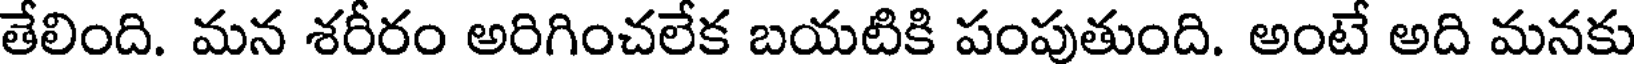
తేలింది. మన శరీరం అరిగించలేక బయటికి పంపుతుంది. అంటే అది మనకు